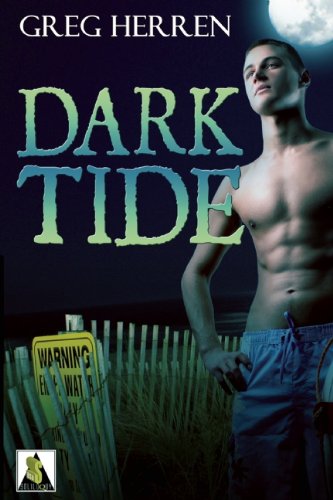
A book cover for Dark Tide; Greg Herren; Teen & Young Adult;